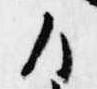
ハ